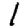
Digit: 1